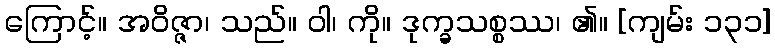
ကြောင့်။ အဝိဇ္ဇာ၊ သည်။ ဝါ၊ ကို။ ဒုက္ခသစ္စဿ၊ ၏။ [ကျမ်း ၁၃၁]